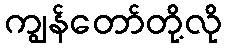
ကျွန်တော်တို့လို